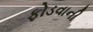
ફોડવાની